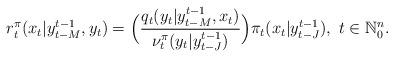
LaTeX: \begin{align*}r^{\pi}_t(x_t|y_{t-M}^{t-1},y_t)=\Big(\frac{q_t(y_t|y_{t-M}^{t-1},x_t)}{\nu^{\pi}_{t}(y_t|y_{t-J}^{t-1})}\Big){\pi}_{t}(x_t|y_{t-J}^{t-1}),~t\in\mathbb{N}_0^n.\end{align*}